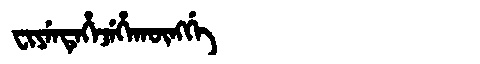
Manchu: ᠸᡳᠶᡝᠨᡨᡝᡥᡝᠵᡝᡥᠠᡴᡡᠩᡤᡝ
Romanization: FIYENTEHEJEHAKŪNGGE